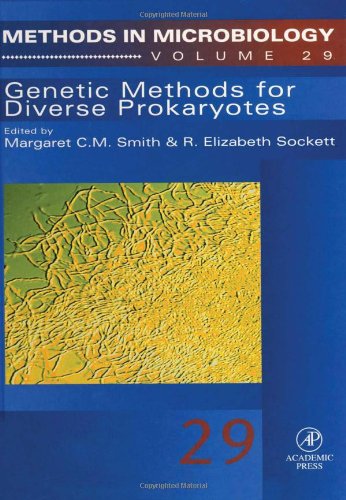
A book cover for Genetic Methods for Diverse Prokaryotes, Volume 29 (Methods in Microbiology); Medical Books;